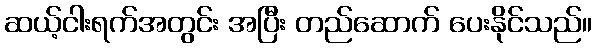
ဆယ့်ငါးရက်အတွင်း အပြီး တည်ဆောက် ပေးနိုင်သည်။